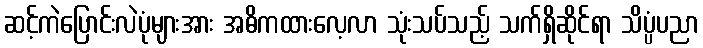
ဆင့်ကဲပြောင်းလဲပုံများအား အဓိကထားလေ့လာ သုံးသပ်သည့် သက်ရှိဆိုင်ရာ သိပ္ပံပညာ